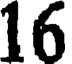
16